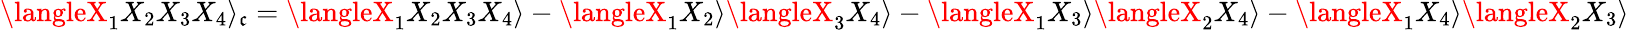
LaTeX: \langleX_{1}X_{2}X_{3}X_{4}\rangle_{\mathfrak{c}}=\langleX_{1}X_{2}X_{3}X_{4}\rangle-\langleX_{1}X_{2}\rangle\langleX_{3}X_{4}\rangle-\langleX_{1}X_{3}\rangle\langleX_{2}X_{4}\rangle-\langleX_{1}X_{4}\rangle\langleX_{2}X_{3}\rangle